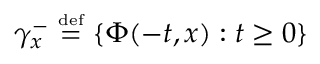
\gamma _ { x } ^ { - } \ { \overset { \underset { \mathrm { d e f } } { } } { = } } \ \{ \Phi ( - t , x ) : t \geq 0 \}